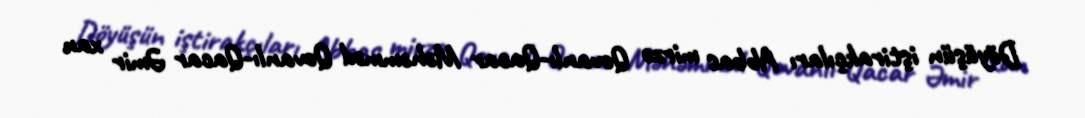
Döyüşün iştirakçıları Abbas mirzə Qovanlı-Qacar Məhəmməd Qovanlı-Qacar Əmir xan